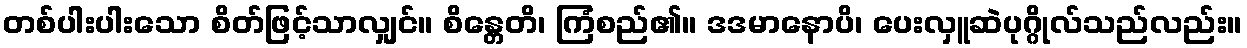
တစ်ပါးပါးသော စိတ်ဖြင့်သာလျှင်။ စိန္တေတိ၊ ကြံစည်၏။ ဒဒမာနောပိ၊ ပေးလှူဆဲပုဂ္ဂိုလ်သည်လည်း။